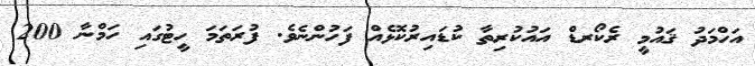
އަހްމަދު ޤައުމީ ރެކޯރޑް އައުކުރިތާ ކުޑައިރުކޮޅެއް ފަހުންނެވެ. ފުރަތަމަ ހީޓުގައި ހަމްނާ 200